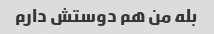
بله من هم دوستش دارم